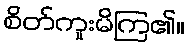
စိတ်ကူးမိကြ၏။